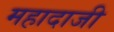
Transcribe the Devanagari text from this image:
महादाजी